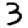
Digit: 3